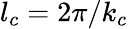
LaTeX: {{l}_{c}}={2\pi}/{{{k}_{c}}}